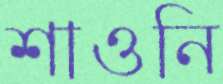
শাওনি